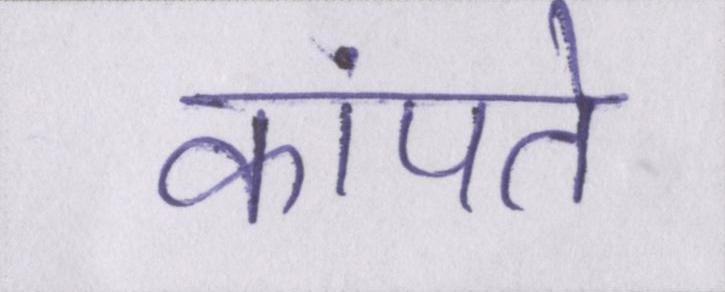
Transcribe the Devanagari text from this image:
कांपते